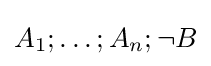
A_{1};\ldots ;A_{n};\neg B